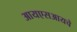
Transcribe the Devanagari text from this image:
आयएसआयचे